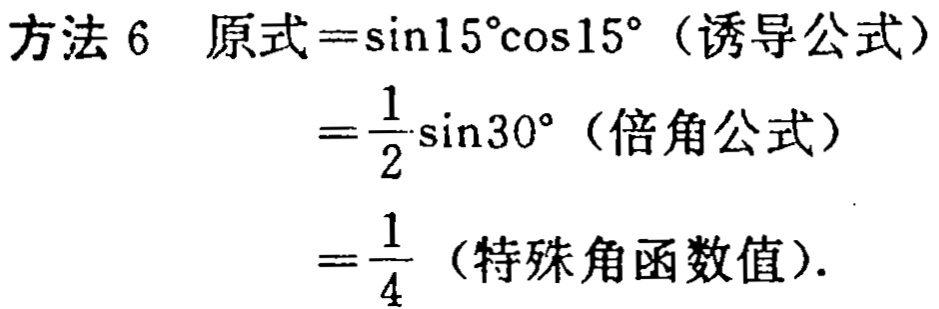
方法 6 原式$=\sin15^{\circ}\cos15^{\circ}$（诱导公式）
$=\frac{1}{2}\sin30^{\circ}$（倍角公式）
$=\frac{1}{4}$（特殊角函数值）